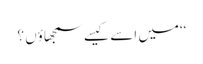
‘‘میں اسے کیسے سمجھاؤں ؟